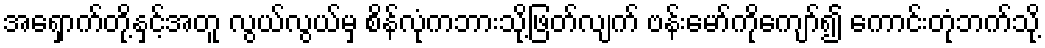
အရှောက်တို့နှင့်အတူ လွယ်လွယ်မှ စိန်လုံကဘားသို့ဖြတ်လျက် ဗန်းမော်ကိုကျော်၍ ကောင်းတုံဘက်သို့